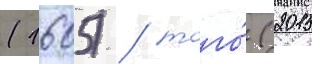
(1605) / того́ (2015